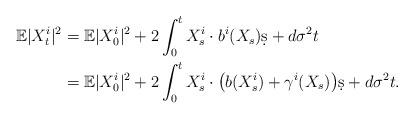
LaTeX: \begin{align*}\mathbb E|X_t^i|^2 & = \mathbb E|X_0^i|^2 + 2\int_0^t X_s^i\cdot b^i(X_s)\d s + d \sigma^2 t \\& = \mathbb E|X_0^i|^2 + 2\int_0^t X_s^i\cdot \big(b(X_s^i) + \gamma^i(X_s)\big)\d s + d\sigma^2 t.\end{align*}